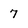
Character: 7